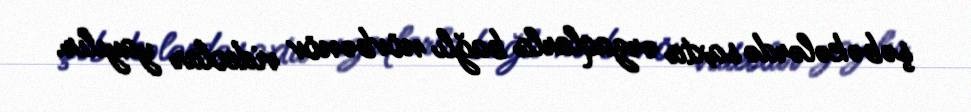
şəbəkələrdə saxta ərzaqlarla bağlı növbənöv videolar yayılır.